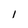
Character: I